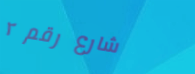
شارع رقم ٢